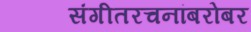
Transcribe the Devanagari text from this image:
संगीतरचनांबरोबर